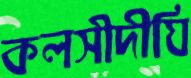
কলসীদীঘি